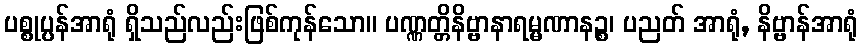
ပစ္စုပ္ပန်အာရုံ ရှိသည်လည်းဖြစ်ကုန်သော။ ပဏ္ဏတ္တိနိဗ္ဗာနာရမ္မဏာနဉ္စ၊ ပညတ် အာရုံ, နိဗ္ဗာန်အာရုံ